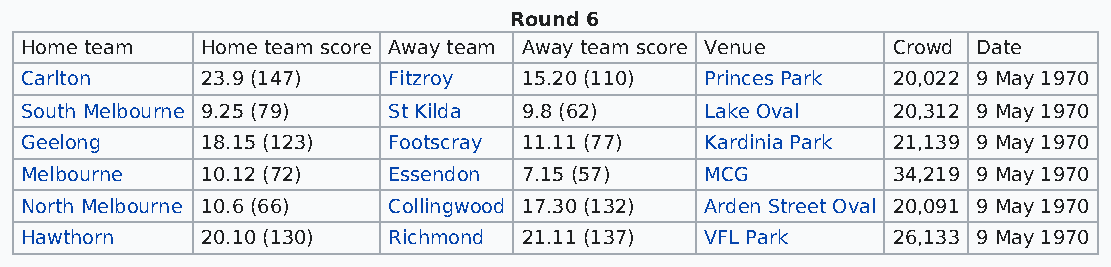
Round 6
 Home team   Home team score Away team Away team score Venue Crowd Date
 Carlton     23.9 (147)   Fitzroy  15.20 (110) Princes Park 20,022 9 May 1970
 South Melbourne 9.25 (79) St Kilda 9.8 (62)   Lake Oval   20,312 9 May 1970
 Geelong     18.15 (123)  Footscray 11.11 (77) Kardinia Park 21,139 9 May 1970
 Melbourne   10.12 (72)   Essendon 7.15 (57)   MCG         34,219 9 May 1970
 North Melbourne 10.6 (66) Collingwood 17.30 (132) Arden Street Oval 20,091 9 May 1970
 Hawthorn    20.10 (130)  Richmond 21.11 (137) VFL Park    26,133 9 May 1970